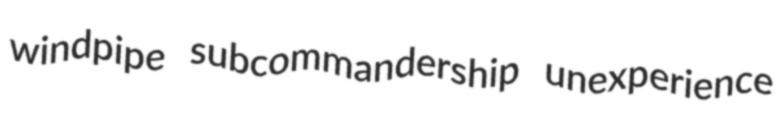
windpipe subcommandership unexperience